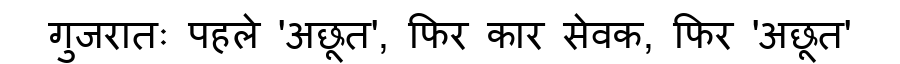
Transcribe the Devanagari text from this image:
गुजरातः पहले 'अछूत', फिर कार सेवक, फिर 'अछूत'